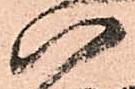
八